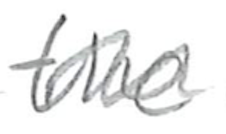
Text: the
Cross-out: wave
Writing tool: pencil